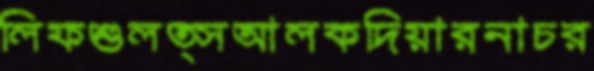
লিফশুলত্সআলকদিয়ারনাচর